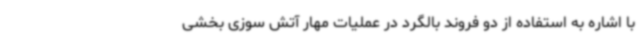
با اشاره به استفاده از دو فروند بالگرد در عملیات مهار آتش سوزی بخشی